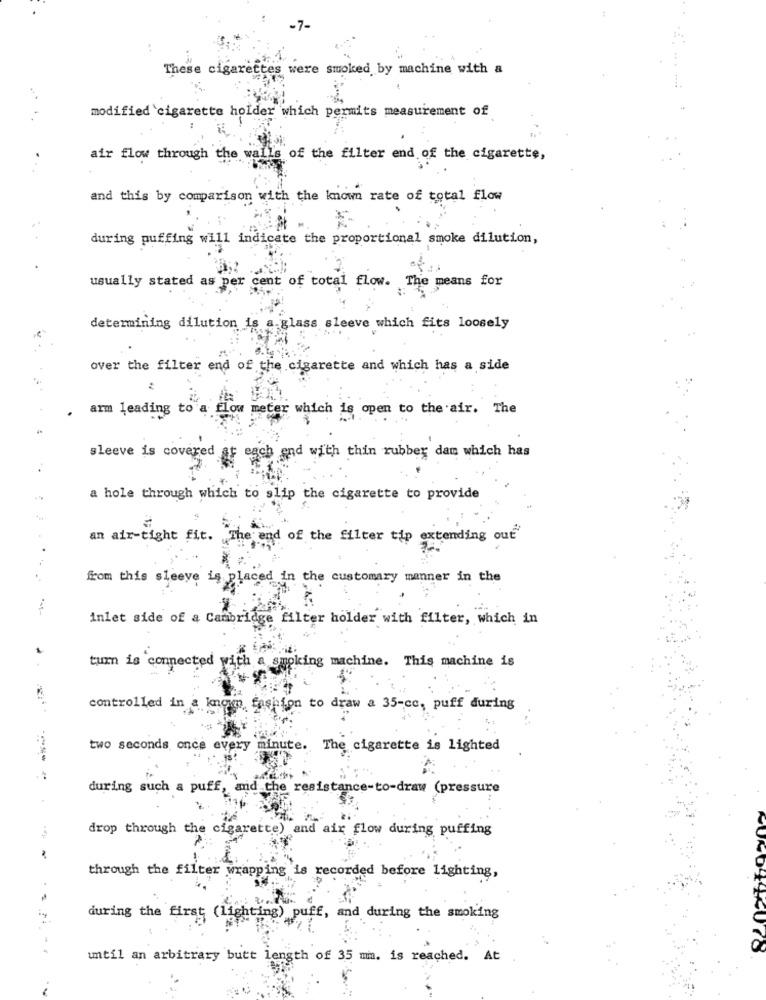
-7-
These cigarettes were smoked by machine with a
modified cigarette holder which permits measurement of
:
air flow through the walls of the filter end of the cigarette,
and this by comparison with the known rate of total flow
during puffing will indicate the proportional smoke dilution,
usually stated as per cent of total flow. The means for
determining dilution is a glass sleeve which fits loosely
over the filter end of the cigarette and which has a side
arm leading to a fl
which is open to the air. The
sleeve is covered af each and with thin rubber dam which has
a hole through which to slip the cigarette to provide
an air-tight fit. The end of the filter tip extending out
lace
d in the customary manner in the
from this sleeve is B.
-45-
inlet side of a Cambridge filter holder with filter, which in
turn is connected with a smoking machine. This machine is
controlled in a known fashion to draw a 35-cc, puff during
two seconds once every minute.
The cigarette is lighted
----
during such a puff
and the resistance-to-draw (pressure
drop through the cigarette) and air flow during puffing
through the filter wrapping is recorded before lighting,
during the first (lighting) puff, and during the smoking
until an arbitrary butt length of 35 mm. is reached. At